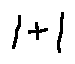
1 + 1